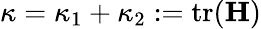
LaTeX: \kappa=\kappa_{1}+\kappa_{2}:=\mathrm{tr}(\mathbf H)